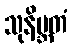
သုနိဗ္ဘတံ